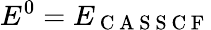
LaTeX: E^{0}=E_{\mathrm{~C~A~S~S~C~F~}}